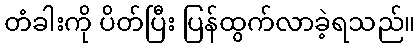
တံခါးကို ပိတ်ပြီး ပြန်ထွက်လာခဲ့ရသည်။